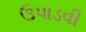
ઉપાડવી